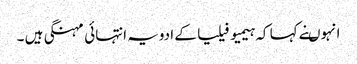
انہوںنے کہا کہ ہیمیو فیلیا کے ادویہ انتہائی مہنگی ہیں ۔